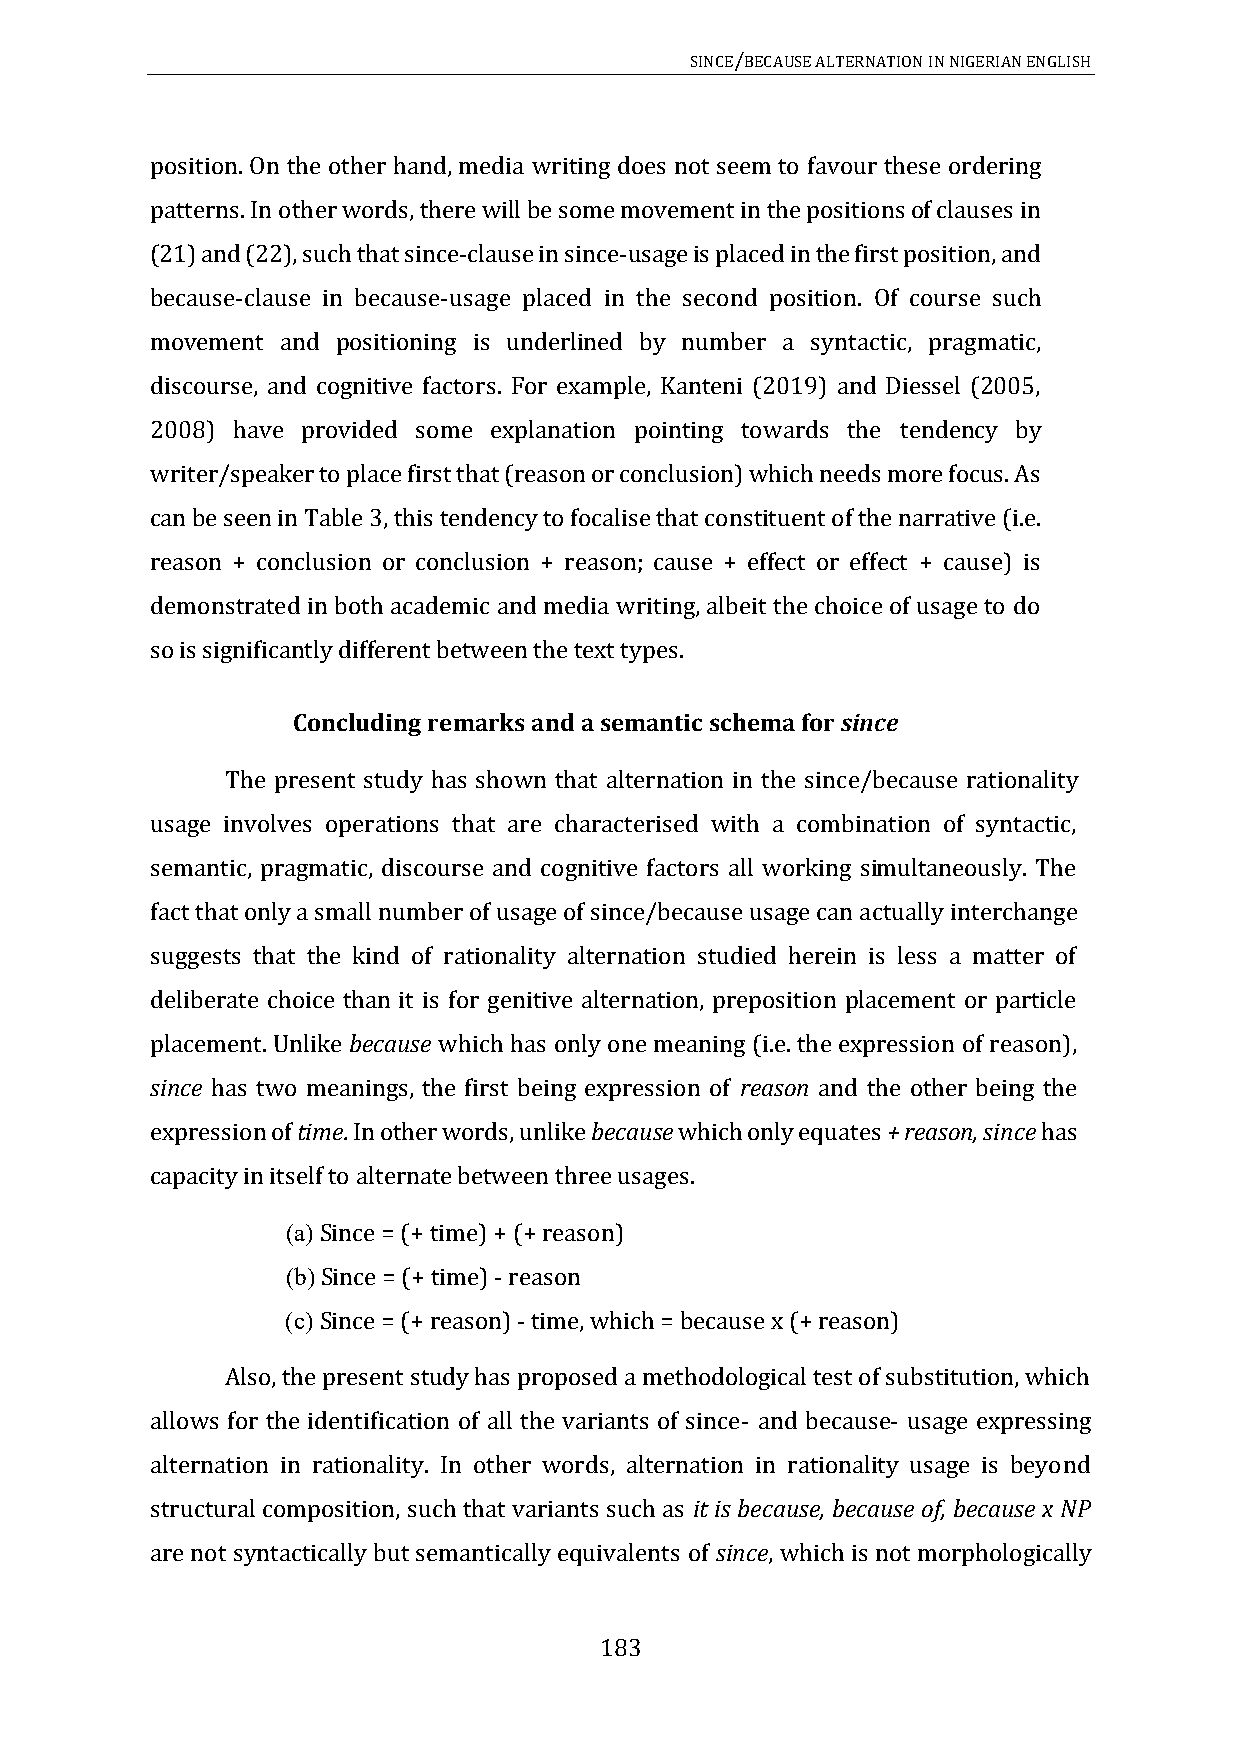
SINCE/BECAUSE ALTERNATION IN NIGERIAN ENGLISH
 position. On the other hand, media writing does not seem to favour these ordering
 patterns. In other words, there will be some movement in the positions of clauses in
 (21) and (22), such that since-clause in since-usage is placed in the first position, and
 because-clause in because-usage placed in the second position. Of course such
 movement and positioning is underlined by number a syntactic, pragmatic,
 discourse, and cognitive factors. For example, Kanteni (2019) and Diessel (2005,
 2008) have provided some explanation pointing towards the tendency by
 writer/speaker to place first that (reason or conclusion) which needs more focus. As
 can be seen in Table 3, this tendency to focalise that constituent of the narrative (i.e.
 reason + conclusion or conclusion + reason; cause + effect or effect + cause) is
 demonstrated in both academic and media writing, albeit the choice of usage to do
 so is significantly different between the text types.
 Concluding remarks and a semantic schema for since
 The present study has shown that alternation in the since/because rationality
 usage involves operations that are characterised with a combination of syntactic,
 semantic, pragmatic, discourse and cognitive factors all working simultaneously. The
 fact that only a small number of usage of since/because usage can actually interchange
 suggests that the kind of rationality alternation studied herein is less a matter of
 deliberate choice than it is for genitive alternation, preposition placement or particle
 placement. Unlike because which has only one meaning (i.e. the expression of reason),
 since has two meanings, the first being expression of reason and the other being the
 expression of time. In other words, unlike because which only equates + reason, since has
 capacity in itself to alternate between three usages.
 (a) Since = (+ time) + (+ reason)
 (b) Since = (+ time) - reason
 (c) Since = (+ reason) - time, which = because x (+ reason)
 Also, the present study has proposed a methodological test of substitution, which
 allows for the identification of all the variants of since- and because- usage expressing
 alternation in rationality. In other words, alternation in rationality usage is beyond
 structural composition, such that variants such as it is because, because of, because x NP
 are not syntactically but semantically equivalents of since, which is not morphologically
 183